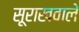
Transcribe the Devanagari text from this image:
सूराखवाले